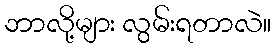
ဘာလို့များ လွမ်းရတာလဲ။